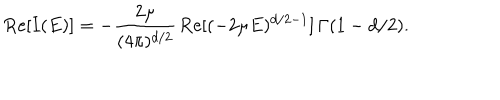
\mathrm { R e } [ I ( E ) ] = - \frac { 2 \mu } { ( 4 \pi ) ^ { d / 2 } } \, \mathrm { R e } [ ( - 2 \mu E ) ^ { d / 2 - 1 } ] \, \Gamma ( 1 - d / 2 ) .